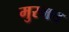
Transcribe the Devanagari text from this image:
मुरमत